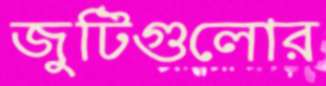
জুটিগুলোর